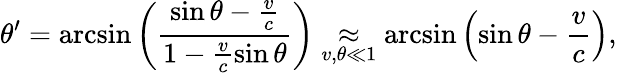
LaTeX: \theta^{\prime}=\arcsin\left(\frac{{\sin\theta-\frac{v}{c}}}{1-\frac{v}{c}\sin\theta}\right)\underset{v,\theta\ll 1}{\approx}\arcsin\left({\sin\theta-\frac{v}{c}}\right),